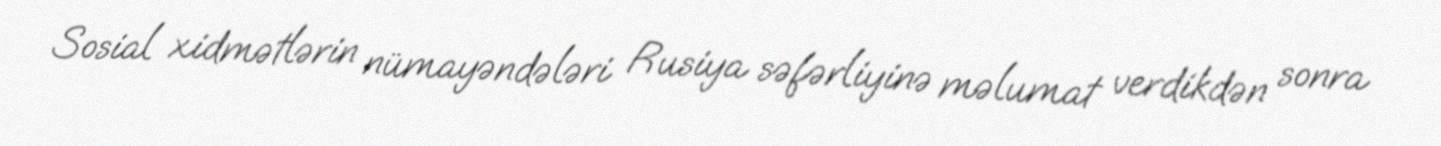
Sosial xidmətlərin nümayəndələri Rusiya səfərliyinə məlumat verdikdən sonra